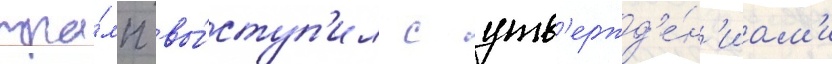
тра́мп вы́ступ'ил с утв'ержд'е́н'иам'и